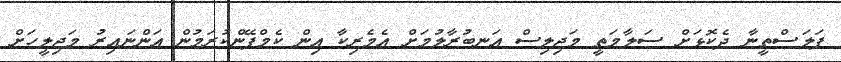
ފަލަސްތީނާ ދެކޮޅަށް ސަލާމަތީ މަޖިލިސް އަނބުރާލުމަށް އެމެރިކާ އިން ކެމްޕޭންކުރަމުން އަންނައިރު މަޖިލީހަށް